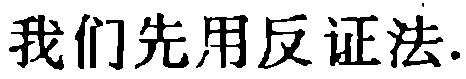
我们先用反证法.